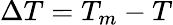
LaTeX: \Delta T=T_{m}-T